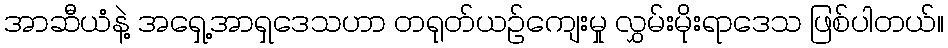
အာဆီယံနဲ့ အရှေ့အာရှဒေသဟာ တရုတ်ယဉ်ကျေးမှု လွှမ်းမိုးရာဒေသ ဖြစ်ပါတယ်။